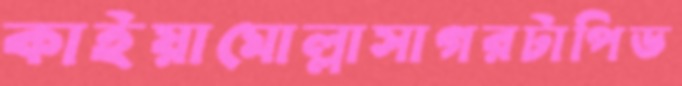
কাইয়ামোল্লাসাগরটাপিড